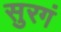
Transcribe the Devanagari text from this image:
सुरगं